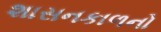
શાસનકાળનો